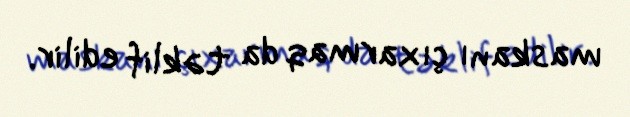
maskanı çıxarmaq da təklif edilir.